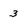
Character: 3